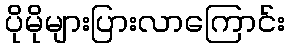
ပိုမိုများပြားလာကြောင်း